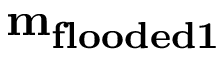
\mathbf { m _ { f l o o d e d 1 } }